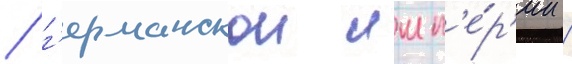
/ г'ерманскои имп'е́р'ии /